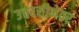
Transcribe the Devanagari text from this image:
उत्तरसीमेवर